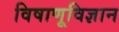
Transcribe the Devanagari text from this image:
विषाणूविज्ञान